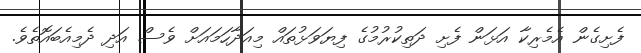
ފެށިގެން އެމެރިކާ އަޅަން ފެށި ދަތިކުރުމުގެ ފިޔަވަޅުތައް މިއަދާހަމައަށް ވެސް އަދި ދެމިއެބައޮތެވެ.